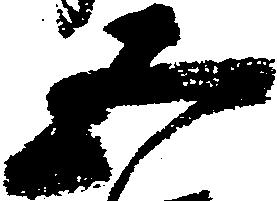
五